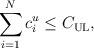
LaTeX: \begin{align*}\sum_{i=1}^Nc^u_{i}\leq C_{\mathrm{UL}},\end{align*}